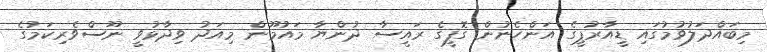
މިބައްދަލުވުމުގައި ޑީއާރުޕީގެ އަންހެނުން ގޮފީގެ ރައީސާ ދުންޔާ މައުމޫން މިއަދު ވިދާޅުވީ ނޫސްވެރިކަމުގެ